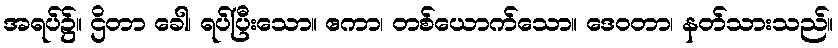
အရပ်၌။ ဌိတာ ခေါ၊ ရပ်ပြီးသော။ ဧကာ၊ တစ်ယောက်သော။ ဒေဝတာ၊ နတ်သားသည်။